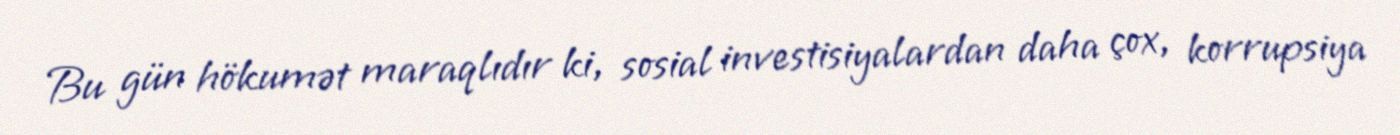
Bu gün hökumət maraqlıdır ki, sosial investisiyalardan daha çox, korrupsiya